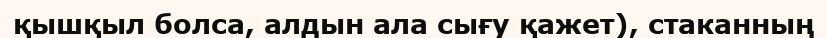
қышқыл болса, алдын ала сығу қажет), стаканның